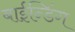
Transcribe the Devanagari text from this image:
बाईन्डिंग